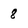
Character: 8